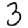
Digit: 3